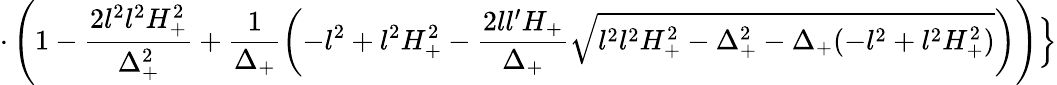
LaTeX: \cdot\left(1-\frac{2l^{2}l^{2}H_{+}^{2}}{\Delta_{+}^{2}}+\frac{1}{\Delta_{+}}\left(-l^{2}+l^{2}H_{+}^{2}-\frac{2ll^{\prime}H_{+}}{\Delta_{+}}\sqrt{l^{2}l^{2}H_{+}^{2}-\Delta_{+}^{2}-\Delta_{+}(-l^{2}+l^{2}H_{+}^{2})}\right)\right)\Bigr\}